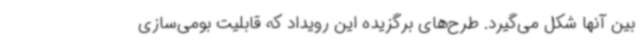
بین آنها شکل می‌گیرد. طرح‌های برگزیده این رویداد که قابلیت بومی‌سازی